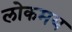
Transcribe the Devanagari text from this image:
लोकमय